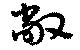
敞